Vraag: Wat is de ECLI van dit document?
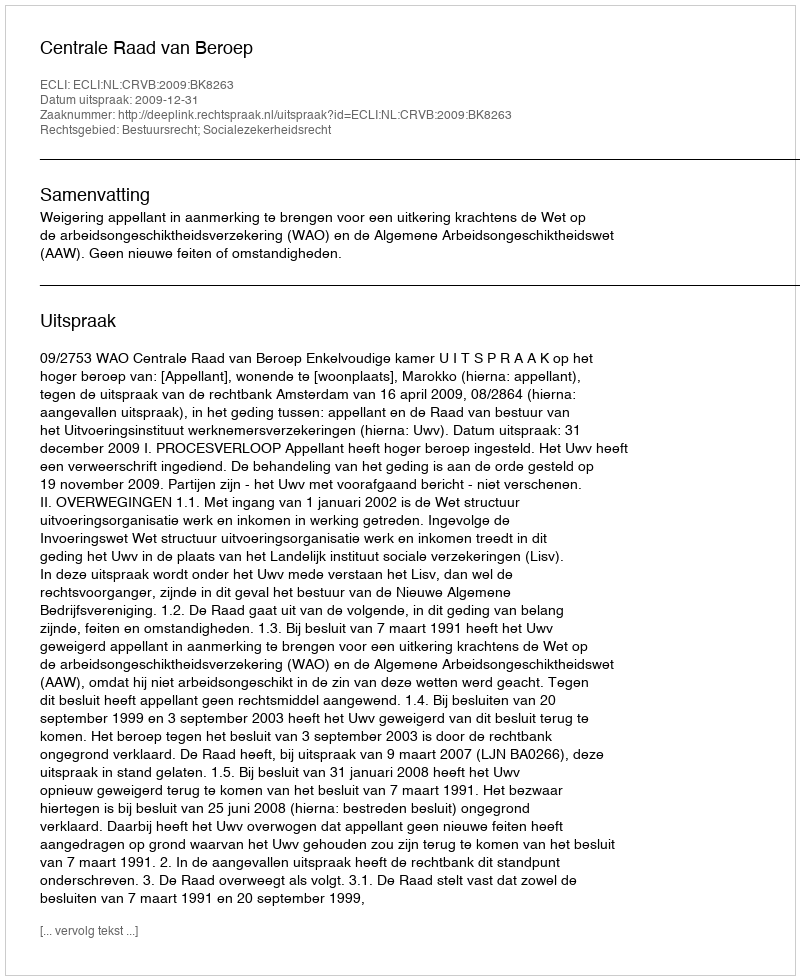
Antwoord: ECLI:NL:CRVB:2009:BK8263